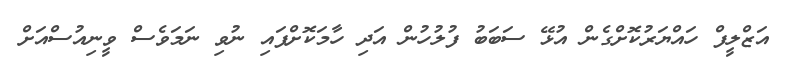
އަޒްލީފް ހައްޔަރުކޮށްގެން އުޅޭ ސަބަބު ފުލުހުން އަދި ހާމަކޮށްފައި ނުވި ނަމަވެސް ވީނިއުސްއަށް